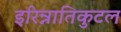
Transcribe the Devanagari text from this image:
इरिन्नातिकुटल